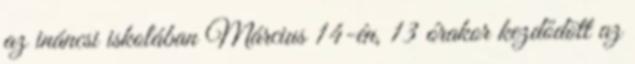
az ináncsi iskolában Március 14-én, 13 órakor kezdődött az